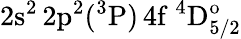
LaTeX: \mathrm{2s^{2}\, 2p^{2}(^{3}P)\, 4f~^{4}D_{5/2}^{o}}